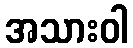
အသားဝါ